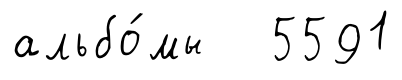
альбо́мы 5591